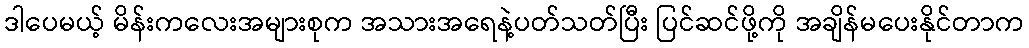
ဒါပေမယ့် မိန်းကလေးအများစုက အသားအရေနဲ့ပတ်သတ်ပြီး ပြင်ဆင်ဖို့ကို အချိန်မပေးနိုင်တာက